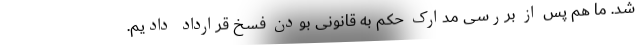
شد. ما هم پس از بررسی مدارک حکم به قانونی بودن فسخ قرارداد دادیم.